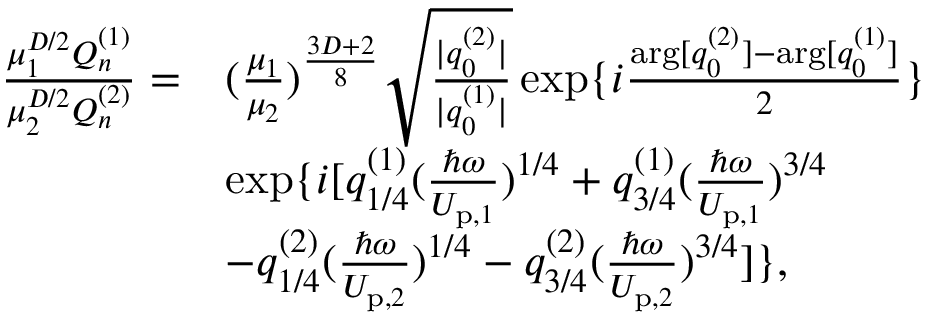
\begin{array} { r l } { \frac { \mu _ { 1 } ^ { D / 2 } Q _ { n } ^ { ( 1 ) } } { \mu _ { 2 } ^ { D / 2 } Q _ { n } ^ { ( 2 ) } } = } & { ( \frac { \mu _ { 1 } } { \mu _ { 2 } } ) ^ { \frac { 3 D + 2 } { 8 } } \sqrt { \frac { | q _ { 0 } ^ { ( 2 ) } | } { | q _ { 0 } ^ { ( 1 ) } | } } \exp \{ i \frac { \arg [ q _ { 0 } ^ { ( 2 ) } ] - \arg [ q _ { 0 } ^ { ( 1 ) } ] } { 2 } \} } \\ & { \exp \{ i [ q _ { 1 / 4 } ^ { ( 1 ) } ( \frac { \hbar \omega } { U _ { \mathrm { p } , 1 } } ) ^ { 1 / 4 } + q _ { 3 / 4 } ^ { ( 1 ) } ( \frac { \hbar \omega } { U _ { \mathrm { p } , 1 } } ) ^ { 3 / 4 } } \\ & { - q _ { 1 / 4 } ^ { ( 2 ) } ( \frac { \hbar \omega } { U _ { \mathrm { p } , 2 } } ) ^ { 1 / 4 } - q _ { 3 / 4 } ^ { ( 2 ) } ( \frac { \hbar \omega } { U _ { \mathrm { p } , 2 } } ) ^ { 3 / 4 } ] \} , } \end{array}